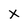
Character: X